Report on vaccination in Madras 1922-1929 - 1922-1929
Year: 1922
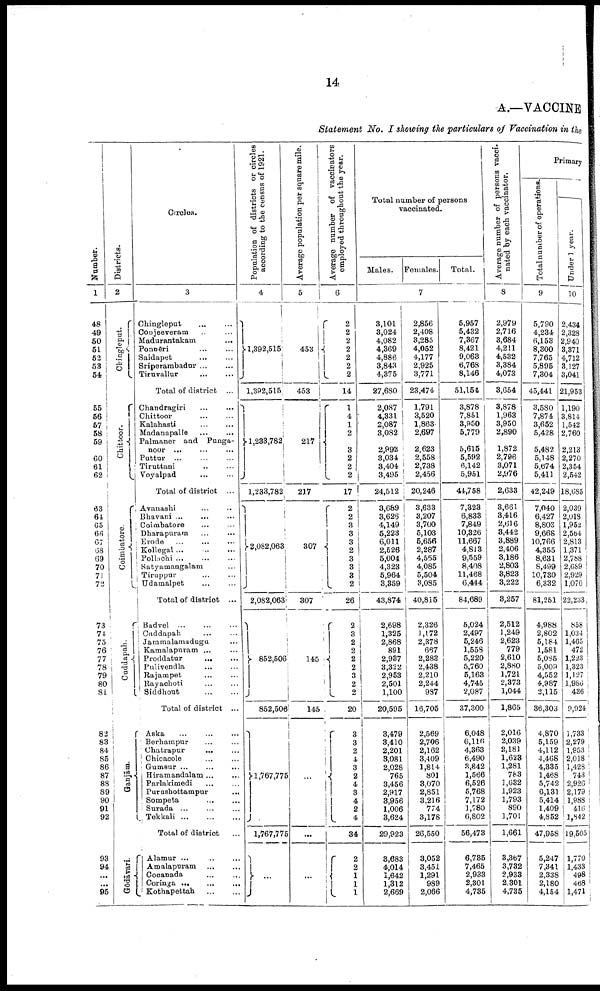
14
A.—VACCINE
Statement No. I showing the particulars of Vaccination in the
Number.
1
48
49
50
51
52
53
54
55
56
57
58
59
60
61
62
63
64
65
66
67
68
69
70
71
72
73
74
75
76
77
78
79
80
81
82
83
84
85
86
87
88
89
90
91
92
93
94
...
...
95
Districts.
2
Chingleput.
Chittoor.
Coimbatore.
Cuddapah.
Ganjām.
Gōdāvari.
Circles.
3
Chingleput ... ...
Conjeeveram ... ...
Madurantakam ... ...
Ponnēri ... ...
Saidapet ... ...
Sriperambadur ... ...
Tiruvallur
...
...
Total of district ...
Chandragiri ... ...
Chittoor ... ...
Kalahasti
...
...
Madanapalle ... ...
Palmaner and Punga-
noor ... ... ...
Puttur
...
...
...
Tiruttani ... ...
Voyalpad ... ...
Total of district ...
Avanashi ... ...
Bhavani ... ... ...
Coimbatore ... ...
Dharapuram ... ...
Erode ... ... ...
Kollegal ... ... ...
Pollachi
...
...
...
Satyamangalam ...
Tiruppur ... ...
Udamalpet ... ...
Total of district ...
Badvel
...
...
...
Cuddapah
...
...
Jammalamadugu ...
Kamalapuram ... ...
Proddatur
...
...
Pulivendla
...
...
Rajampet ... ...
Rayachoti ... ...
Siddhout
...
...
Total of district ...
Aska ... ... ...
Berhampur ... ...
Chatrapur ... ...
Chicacole ... ...
Gumsur ... ... ...
Hiramandalam ... ...
Parlakimedi ... ...
Purushottampur
...
Sompeta ... ...
Surada ... ... ...
Tekkali
...
...
...
Total of district ...
Alamur
...
...
...
Amalapuram
...
...
Cocanada ... ...
Coringa
...
...
...
Kothapettah
...
...
Population of districts or circles
according to the census of 1921.
4
1,392,515
1,392,515
1,233,782
1,233,782
2,082,063
2,082,063
852,506
852,506
1,767,775
1,767,775
...
Average population per square mile.
5
453
453
217
217
307
307
145
145
...
...
...
Average number of vaccinators
employed throughout the year.
6
2
2
2
2
2
2
2
14
1
4
1
2
3
2
2
2
17
2
2 3
3 3
2
3
3
3
2
26
2
3
2
2
2
2
3
2
2
20
3
3
2
4
3
2
4
3
4
2
4
34
2
2
1
1
1
Total number of persons
vaccinated.
Males. Females.
Total.
7
3,101
3,024
4,082
4,369
4,886
3,843
4,375
27,680
2,087
4,331
2,087
3,082
2,992
3,034
3,404
3,495
24,512
3,689
3,626
4,149
5,223
6,011
2,526
5,004
4,323
5,964
3,359
43,874
2,698
1,325
2,868
891
2,937
3,322
2,953
2,501
1,100
20,595
3,479
3,410
2,201
8,081
2,028
765
3,456
2,917
3,956
1,006
3,624
29,923
3,683
4,014
1,642
1,312
2,669
2,856
2,408
3,285
4,052
4,177
2,925
3,771
23,474
1,791
3,520
1,863
2,697
2,623
2,558
2,738
2,456
20,246
3,633
3,207
3,700
5,103
5,656
2,287
4,555
4,085
5,504
3,085
40,815
2,326
1,172
2,378
697
2,283
2,438
2,210
2,244
987
16,705
2,569
2,706
2,162
3,409
1,814
801
3,070
2,851
3,216
774
3,178
26,550
3,052
3,451
1,291
989
2,066
5,957
5,432
7,367
8,421
9,063
6,768
8,146
51,154
3,878
7,851
3,950
5,779
5,615
5,592
6,142
5,951
44,758
7,323
6,833
7,849
10,326
11,667
4,813
9,559
8,408
11,468
6,444
84,689
5,024
2,497
5,246
1,558
5,220
5,760
5,163
4,745
2,087
37,300
6,048
6,116
4,363
6,490
3,842
1,566
6,526
5,768
7,172
1,780
6,802
56,473
6,735
7,465
2,933
2,301
4,735
Average number of persons vacci
nated by each vaccinator.
8
2,979
2,716
3,684
4,211
4,532
3,384
4,073
3,654
3,878
1,963
3,950
2,890
1,872
2,796
3,071
2,976
2,633
3,661
3,416
2,616
3,442
3,889
2,406
3,186
2,803
3,823
3,222
3,257
2,512
1,249
2,623
779
2,610
2,880
1,721
2,373
1,044
1,865
2,016
2,039
2,181
1,623
1,281
783
1,632
1,923
1,793
890
1,701
1,661
3,367
3,732
2,933
2,301
4,735
Primary
Total number of operations.
9
5,790
4,234
6,153
8,300
7,765
5,895
7,304
45,441
3,580
7,874
3,652
5,428
5,482
5,148
5,674
5,411
42,249
7,040
6,427
8,803
9,668
10,766
4,355
8,631
8,499
10,730
6,332
81,251
4,988
2,802
5,184
1,581
5,085
5,009
4,552
4,987
2,115
36,303
4,870
5,159
4,112
4,468
4,335
1,468
5,742
6,131
5,414
1,409
4,852
47,958
5,247
7,341
2,338
2,180
4,154
Under 1 year.
10
2,434
2,328
2,940
3,371
4,712
3,127
3,041
21,953
1,190
3,814
1,542
2,760
2,213
2,270
2,354
2,542
18,685
2,039
2,013
1,952
2,564
2,813
1,371
2,788
2,689
2,929
1,070
22,233
858
1,034
1,465
472
1,223
1,323
1,127
1,986
436
9,924
1,733
2,279
1,953
2,018
1,428
743
2,926
2,179
1,988
416
1,842
19,505
1,770
1,433
498
468
1,471